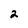
Character: 2